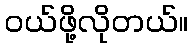
ဝယ်ဖို့လိုတယ်။